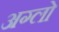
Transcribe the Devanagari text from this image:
अग्लो